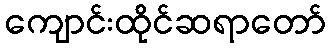
ကျောင်းထိုင်ဆရာတော်